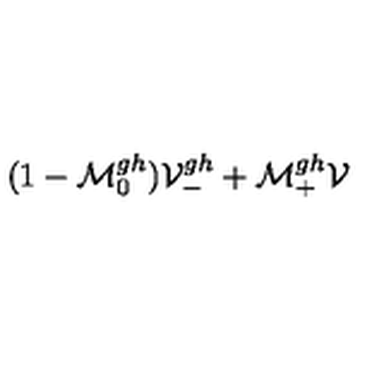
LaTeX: ( 1 - \mathcal { M } _ { 0 } ^ { g h } ) \mathcal { V } _ { - } ^ { g h } + \mathcal { M } _ { + } ^ { g h } \mathcal { V }